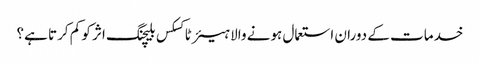
خدمات کے دوران استعمال ہونے والا ہیئر ٹاکسکس بلیچنگ اثر کو کم کرتا ہے؟